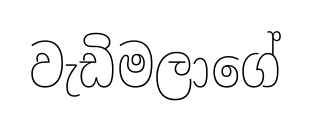
වැඩිමලාගේ